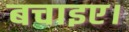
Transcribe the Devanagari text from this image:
बचाइए।